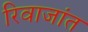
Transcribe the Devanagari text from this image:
रिवाजांत